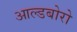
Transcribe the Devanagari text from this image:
आल्डबोरो